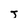
Character: T